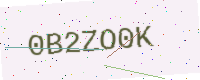
Text: 0B2ZO0K